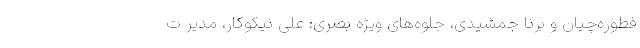
فطوره‌چیان و برنا جمشیدی، جلوه‌های ویژه بصری: علی نیکوکار، مدیر ت